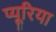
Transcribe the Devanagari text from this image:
प्यूरिया